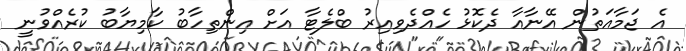
އެ ޖަމާއަތުން އޭނާއާ ދެކޮޅު ހެއްދެވިއިރު ބްލެޓާ އަށް އިންތިހާބު ކާމިޔާބު ކުރެއްވުނީ